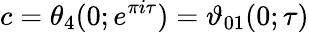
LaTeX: c=\theta_{4}(0;e^{\pi i\tau})=\vartheta_{01}(0;\tau)